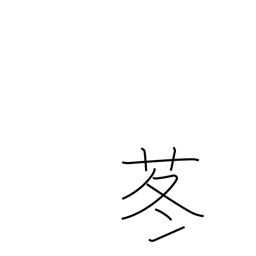
Meaning: butterbur